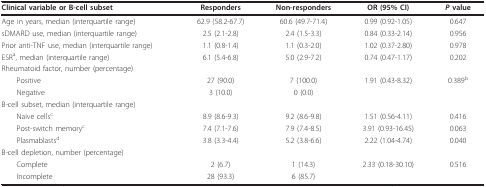
<table><thead><tr><td><b>Clinical variable or B-cell subset</b></td><td><b>Responders</b></td><td><b>Non-responders</b></td><td><b>OR (95% CI)</b></td><td><b><i>P </i>value</b></td></tr></thead><tbody><tr><td>Age in years, median (interquartile range)</td><td>62.9 (58.2-67.7)</td><td>60.6 (49.7-71.4)</td><td>0.99 (0.92-1.05)</td><td>0.647</td></tr><tr><td>sDMARD use, median (interquartile range)</td><td>2.5 (2.1-2.8)</td><td>2.4 (1.5-3.3)</td><td>0.84 (0.33-2.14)</td><td>0.956</td></tr><tr><td>Prior anti-TNF use, median (interquartile range)</td><td>1.1 (0.8-1.4)</td><td>1.1 (0.3-2.0)</td><td>1.02 (0.37-2.80)</td><td>0.978</td></tr><tr><td>ESR<sup>a</sup>, median (interquartile range)</td><td>6.1 (5.4-6.8)</td><td>5.0 (2.9-7.2)</td><td>0.74 (0.47-1.17)</td><td>0.202</td></tr><tr><td>Rheumatoid factor, number (percentage)</td><td></td><td></td><td></td><td></td></tr><tr><td> Positive</td><td>27 (90.0)</td><td>7 (100.0)</td><td>1.91 (0.43-8.32)</td><td>0.389<sup>b</sup></td></tr><tr><td> Negative</td><td>3 (10.0)</td><td>0 (0.0)</td><td></td><td></td></tr><tr><td>B-cell subset, median (interquartile range)</td><td></td><td></td><td></td><td></td></tr><tr><td> Naïve cells<sup>c</sup></td><td>8.9 (8.6-9.3)</td><td>9.2 (8.6-9.8)</td><td>1.51 (0.56-4.11)</td><td>0.416</td></tr><tr><td> Post-switch memory<sup>c</sup></td><td>7.4 (7.1-7.6)</td><td>7.9 (7.4-8.5)</td><td>3.91 (0.93-16.45)</td><td>0.063</td></tr><tr><td> Plasmablasts<sup>d</sup></td><td>3.8 (3.3-4.4)</td><td>5.2 (3.8-6.6)</td><td>2.22 (1.04-4.74)</td><td>0.040</td></tr><tr><td>B-cell depletion, number (percentage)</td><td></td><td></td><td></td><td></td></tr><tr><td> Complete</td><td>2 (6.7)</td><td>1 (14.3)</td><td>2.33 (0.18-30.10)</td><td>0.516</td></tr><tr><td> Incomplete</td><td>28 (93.3)</td><td>6 (85.7)</td><td></td><td></td></tr></tbody></table>